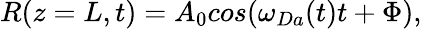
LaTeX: R(z=L,t)=A_{0}cos(\omega_{Da}(t)t+\Phi),